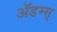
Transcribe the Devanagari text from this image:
ॲडम्स्